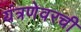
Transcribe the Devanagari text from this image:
यंत्रणेवरची